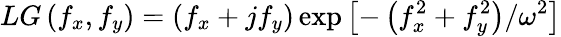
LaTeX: LG\left(f_{x},f_{y}\right)=\left(f_{x}+jf_{y}\right)\exp\left[-\left(f_{x}^{2}+f_{y}^{2}\right)/\omega^{2}\right]